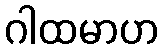
ဂါထမာဟ